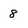
Character: 8